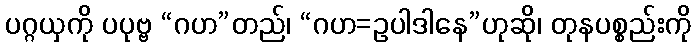
ပဂ္ဂယှကို ပပုဗ္ဗ “ဂဟ”တည်၊ “ဂဟ=ဥပါဒါနေ”ဟုဆို၊ တုနပစ္စည်းကို